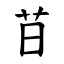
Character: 䒤